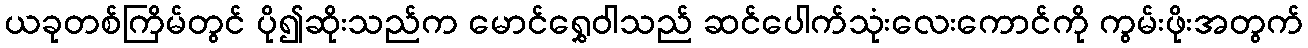
ယခုတစ်ကြိမ်တွင် ပို၍ဆိုးသည်က မောင်ရွှေဝါသည် ဆင်ပေါက်သုံးလေးကောင်ကို ကွမ်းဖိုးအတွက်